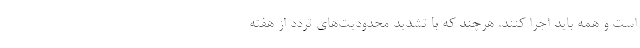
است و همه باید اجرا کنند. هرچند که با تشدید محدودیت‌های تردد از هفته